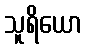
သူရိယော